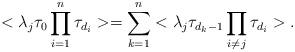
LaTeX: \begin{align*}<\lambda_j \tau_0\prod_{i=1}^n\tau_{d_i}>=\sum_{k=1}^n<\lambda_j \tau_{d_k-1}\prod_{i\neq j}\tau_{d_i}>.\end{align*}